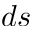
d s